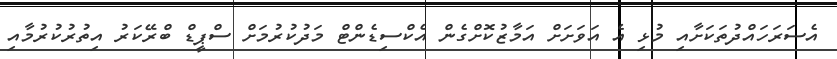
އެސަރަހައްދުތަކަށާއި މުޅި އެ އަވަށަށް އަމާޒުކޮށްގެން އެކްސިޑެންޓް މަދުކުރުމަށް ސްޕީޑް ބްރޭކަރު އިތުރުކުރުމާއި